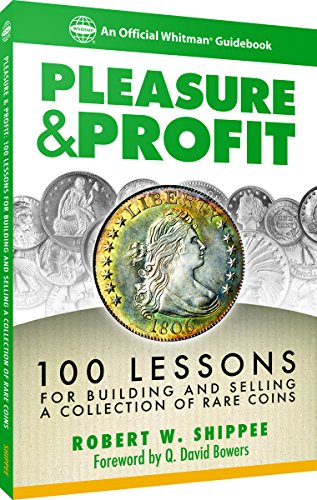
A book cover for Pleasure & Profit: 100 Lessons for Building and Selling a Collection of Rare Coins; Robert W. Shippee; Crafts, Hobbies & Home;